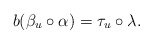
\begin{gather*}b(\beta_u\circ\alpha)=\tau_u\circ \lambda.\end{gather*}